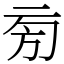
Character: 㫄